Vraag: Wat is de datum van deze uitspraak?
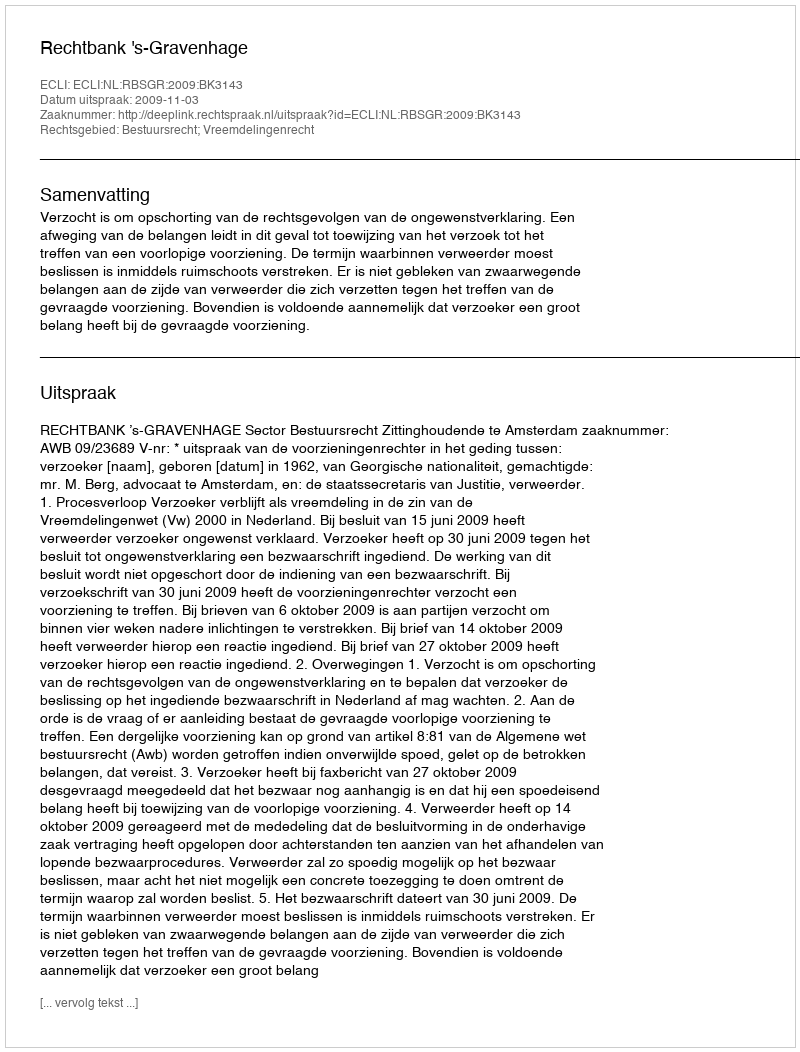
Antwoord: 2009-11-03